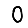
Digit: 0